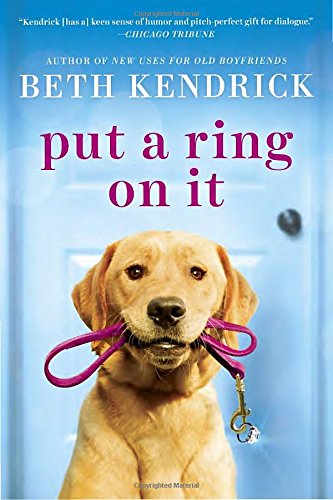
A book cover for Put a Ring On It (Black Dog Bay Novel); Beth Kendrick; Romance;